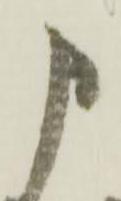
申